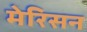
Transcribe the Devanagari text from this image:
मेरिसन